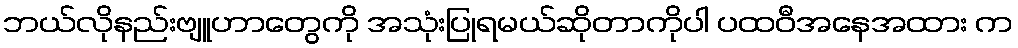
ဘယ်လိုနည်းဗျူဟာတွေကို အသုံးပြုရမယ်ဆိုတာကိုပါ ပထဝီအနေအထား က